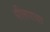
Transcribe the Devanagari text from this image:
पीलपाया